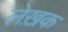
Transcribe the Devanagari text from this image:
लेख़क